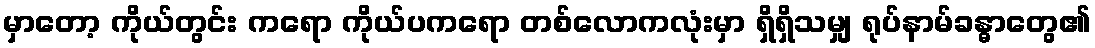
မှာတော့ ကိုယ်တွင်း ကရော ကိုယ်ပကရော တစ်လောကလုံးမှာ ရှိရှိသမျှ ရုပ်နာမ်ခန္ဓာတွေ၏